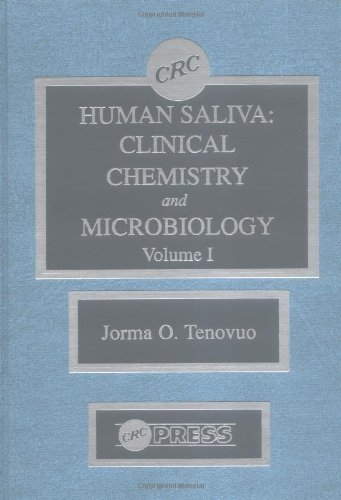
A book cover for Human Saliva, Volume I; Jorma O. Tenovuo; Medical Books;